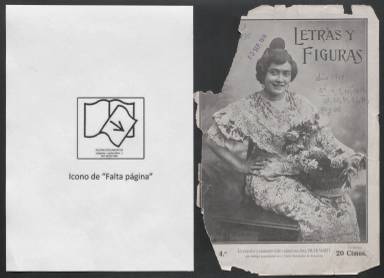
Título: Letras y figuras
Otros títulos: Título: Letras, figuras y arte, <9 marzo 1912>
Ámbito geográfico: Valencia
Lugar de publicación: Valencia
Fechas: 25/02/1911-09/03/1912